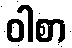
ဝါစာ